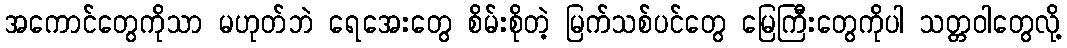
အကောင်တွေကိုသာ မဟုတ်ဘဲ ရေအေးတွေ စိမ်းစိုတဲ့ မြက်သစ်ပင်တွေ မြေကြီးတွေကိုပါ သတ္တဝါတွေလို့